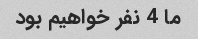
ما 4 نفر خواهیم بود